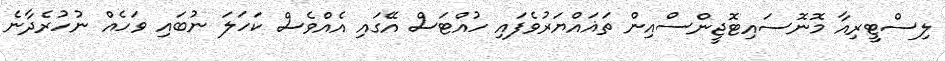
ލިސްޓީރިއާ މޮނޮސައިޓޮޖީންސްއިން ތަޣައްޔަރުވެފައި ހުއްޓަސް އޭގައި އެއްވެސް ކަހަލަ ނުބައި ވަހެއް ނުހުރެދާނެ